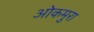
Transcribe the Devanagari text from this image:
ओकमुरा